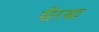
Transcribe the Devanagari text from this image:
पीरक्षा